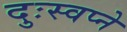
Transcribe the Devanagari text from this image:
दुःस्वप्ने